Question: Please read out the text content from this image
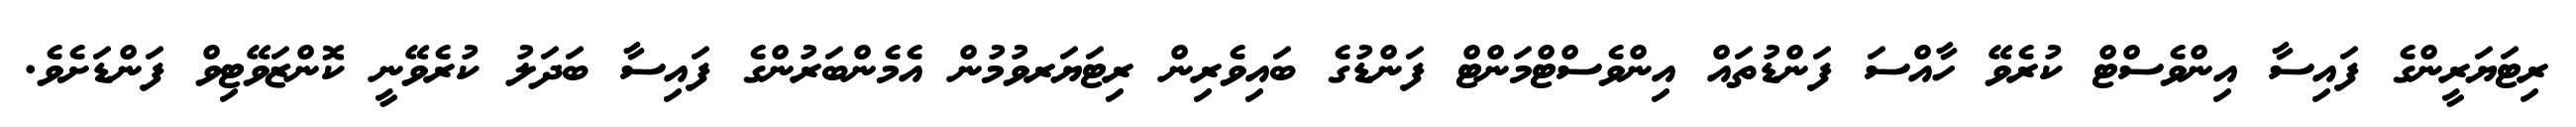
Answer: ރިޓަޔަރީންގެ ފައިސާ އިންވެސްޓް ކުރެވޭ ހާއްސަ ފަންޑުތައް އިންވެސްޓްމަންޓް ފަންޑުގެ ބައިވެރިން ރިޓަޔަރވުމުން އެމެންބަރުންގެ ފައިސާ ބަދަލު ކުރެވޭނީ ކޮންޒަވޭޓިވް ފަންޑަށެވެ.